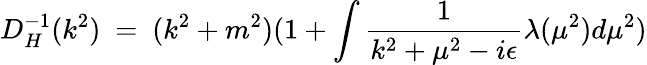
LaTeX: D_{H}^{-1}(k^{2})~=~(k^{2}+m^{2})(1+\int{\frac{1}{k^{2}+\mu^{2}-i\epsilon}}\lambda(\mu^{2})d\mu^{2})